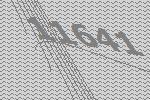
11641